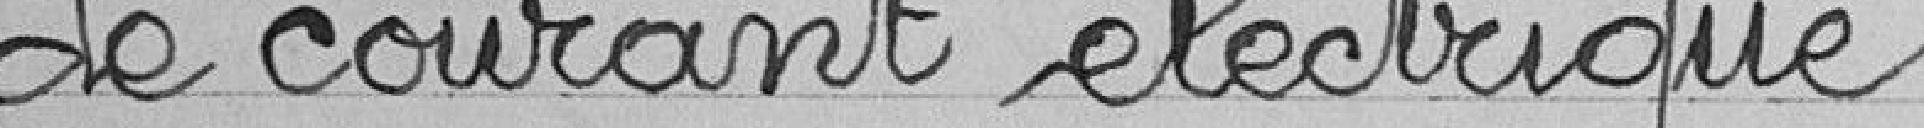
de courant électrique